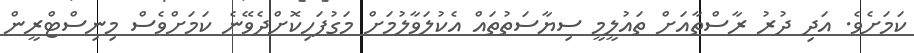
ކަމަށެވެ. އަދި ދުރު ރާސްތާއަށް ތައުލީމީ ސިޔާސަތުތައް އެކުލަވާލުމަށް މަގުފަހިކޮށްދެވޭނެ ކަމަށްވެސް މިނިސްޓްރީން